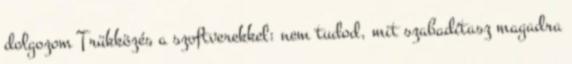
dolgozom Trükközés a szoftverekkel: nem tudod, mit szabadítasz magadra